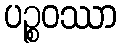
ပဉ္စဝဿာ